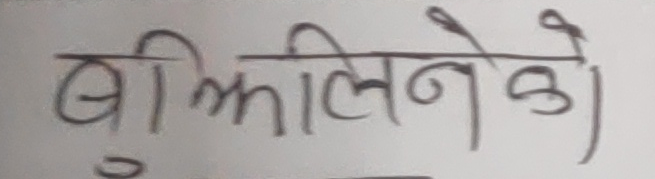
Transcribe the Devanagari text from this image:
बीझ्नेको